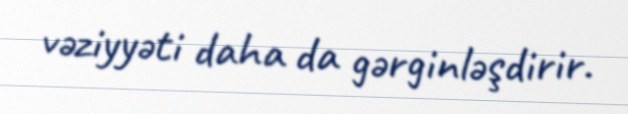
vəziyyəti daha da gərginləşdirir.